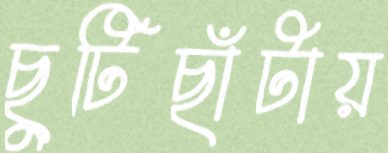
ছুটিছাঁটায়